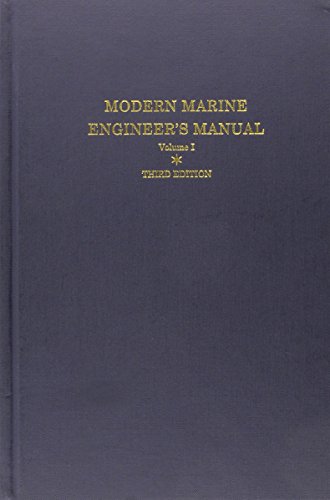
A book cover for Modern Marine Engineer's Manual, Vol. 1; Engineering & Transportation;